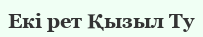
Екі рет Қызыл Ту